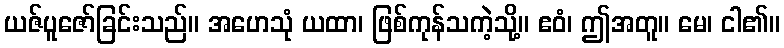
ယဇ်ပူဇော်ခြင်းသည်။ အဟေသုံ ယထာ၊ ဖြစ်ကုန်သကဲ့သို့။ ဧဝံ၊ ဤအတူ။ မေ၊ ငါ၏။